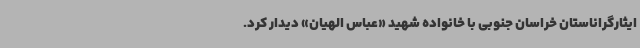
ایثارگراناستان خراسان جنوبی با خانواده شهید «عباس الهیان» دیدار کرد.